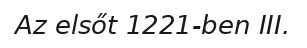
Az elsőt 1221-ben III.